Indian journal of veterinary science and animal husbandry - Volume 10,
Year: 1940
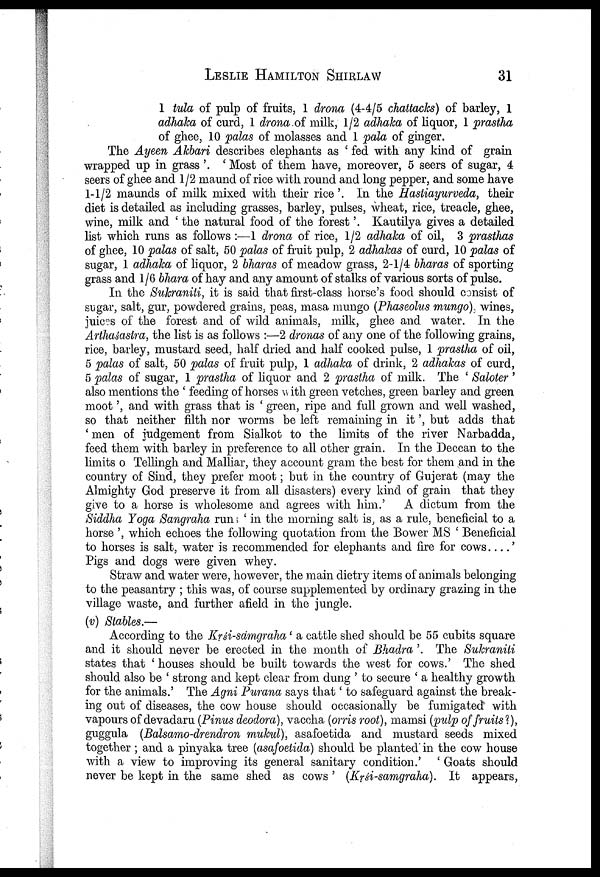
LESLIE
HAMILTON
SHIRLAW
31
1 tula of pulp of fruits, 1 drona (4-4/5 chattacks) of barley, 1
adhaka of curd, 1 drona of milk, 1/2 adhaka of liquor, 1 prastha
of ghee, 10 palas of molasses and 1 pala of ginger.
The Ayeen Akbari describes elephants as ' fed with any kind of grain
wrapped up in grass '. ' Most of them have, moreover, 5 seers of sugar, 4
seers of ghee and 1/2 maund of rice with round and long pepper, and some have
1-1/2 maunds of milk mixed with their rice'. In the Hastiayurveda, their
diet is detailed as including grasses, barley, pulses, wheat, rice, treacle, ghee,
wine, milk and ' the natural food of the forest '. Kautilya gives a detailed
list which runs as follows :—1 drona of rice, 1/2 adhaka of oil, 3 prasthas
of ghee, 10 palas of salt, 50 palas of fruit pulp, 2 adhakas of curd, 10 palas of
sugar, 1 adhaka of liquor, 2 bharas of meadow grass, 2-1/4 bharas of sporting
grass and 1/6 bhara of hay and any amount of stalks of various sorts of pulse.
In the Sukraniti, it is said that first-class horse's food should consist of
sugar, salt, gur, powdered grains, peas, masa mungo (Phaseolus mungo). wines,
juices of the forest and of wild animals, milk, ghee and water. In the
Arthśasastra, the list is as follows :—2 dronas of any one of the following grains,
rice, barley, mustard seed, half dried and half cooked pulse, 1 prastha of oil,
5 palas of salt, 50 palas of fruit pulp, 1 adhaka of drink, 2 adhakas of curd,
5 palas of sugar, 1 prastha of liquor and 2 prastha of milk. The ' Saloter '
also mentions the ' feeding of horses with green vetches, green barley and green
moot', and with grass that is ' green, ripe and full grown and well washed,
so that neither filth nor worms be left remaining in it', but adds that
' men of judgement from Sialkot to the limits of the river Narbadda,
feed them with barley in preference to all other grain. In the Deccan to the
limits o Tellingh and Malliar, they account gram the best for them and in the
country of Sind, they prefer moot; but in the country of Gujerat (may the
Almighty God preserve it from all disasters) every kind of grain that they
give to a horse is wholesome and agrees with him.'
A dictum from the
Siddha Yoga Sangraha run, ' in the morning salt is, as a rule, beneficial to a
horse ', which echoes the following quotation from the Bower MS ' Beneficial
to horses is salt, water is recommended for elephants and fire for cows . . . .'
Pigs and dogs were given whey.
Straw and water were, however, the main dietry items of animals belonging
to the peasantry ; this was, of course supplemented by ordinary grazing in the
village waste, and further afield in the jungle.
(v) Stables.—
According to the Krśi-samgraha ' a cattle shed should be 55 cubits square
and it should never be erected in the month of Bhadra '. The Sukraniti
states that ' houses should be built towards the west for cows.' The shed
should also be ' strong and kept clear from dung ' to secure ' a healthy growth
for the animals.' The Agni Purana says that' to safeguard against the break
ing out of diseases, the cow house should occasionally be fumigated with
vapours of devadaru (Pinus deodora), vaccha (orris root), mamsi (pulp of fruits ?),
guggula (Balsamo-drendron mukul), asafoetida and mustard seeds mixed
together ; and a pinyaka tree (asafoetida) should be planted in the cow house
with a view to improving its general sanitary condition.' ' Goats should
never be kept in the same shed as cows ' (Krśi-samgraha). It appears,